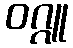
ဝဂ္ဂူ